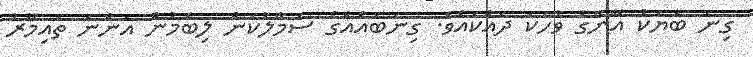
ގިނަ ބަޔަކު އޭނާގެ ވާހަކަ ދައްކައެވެ. ގިނަބައެއްގެ ސަމާލުކަން ލިބެމުން އަންނަ ތައިމޫރު